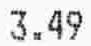
3.49